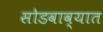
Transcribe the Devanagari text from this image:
सोडवाव्यात